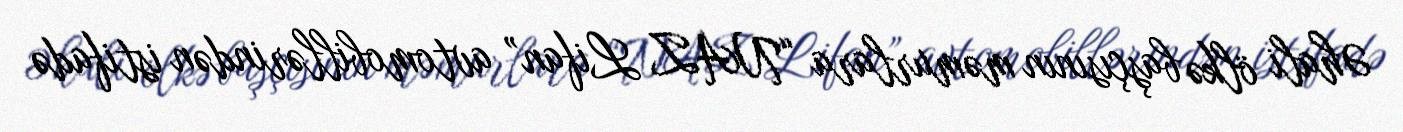
Əhali ölkə başçısının məmurlara “NAZ Lifan” avtomobillərindən istifadə